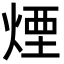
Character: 煙